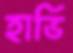
হার্ভি